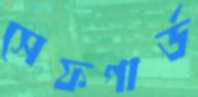
সেফগার্ড